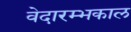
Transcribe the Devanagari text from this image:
वेदारम्भकाल